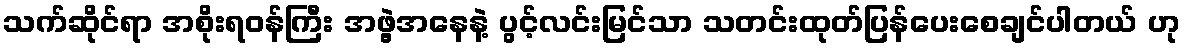
သက်ဆိုင်ရာ အစိုးရဝန်ကြီး အဖွဲ့အနေနဲ့ ပွင့်လင်းမြင်သာ သတင်းထုတ်ပြန်ပေးစေချင်ပါတယ် ဟု